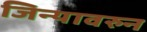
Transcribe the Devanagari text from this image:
जिन्यावरुन